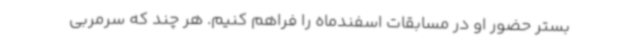
بستر حضور او در مسابقات اسفندماه را فراهم کنیم. هر چند که سرمربی